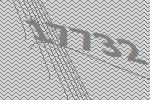
17732